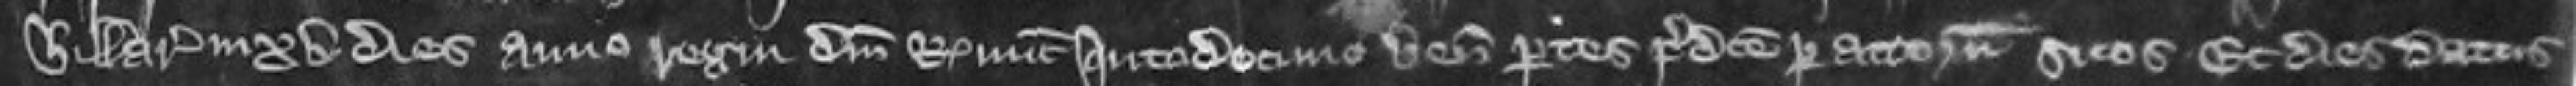
Hillarii in xv dies anno regni domini regis nunc quartodecimo veniunt partes predicte per attornatos suos Et dies datus